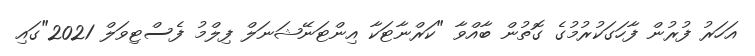
އަހަރު ފުރުން ފާހަގަކުރުމުގެ ގޮތުން ބާއްވާ "ކަރްނާޓަކާ އިންޓަނޭޝަނަލް ފިލްމު ފެސްޓިވަލް 2021"ގައި